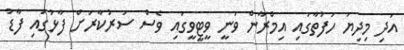
އަދި މިދިޔަ ހަފުތާގައި އިމްރާން ވަނީ ވީޓީވީގައި ވެސް ސަރުކާރަށް ފާޅުގައި ފާޑު